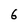
Character: 6